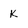
Character: k